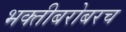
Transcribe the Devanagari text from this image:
भक्तीबरोबरच